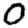
Digit: 0